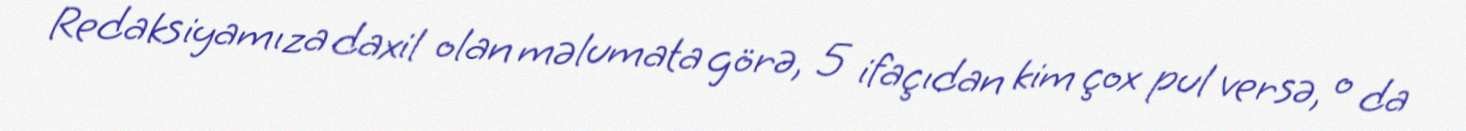
Redaksiyamıza daxil olan məlumata görə, 5 ifaçıdan kim çox pul versə, o da